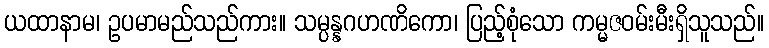
ယထာနာမ၊ ဥပမာမည်သည်ကား။ သမ္ပန္နဂဟဏိကော၊ ပြည့်စုံသော ကမ္မဇဝမ်းမီးရှိသူသည်။